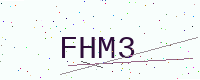
Text: FHM3